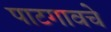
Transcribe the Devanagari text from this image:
पाटगावचे